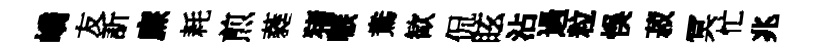
嶠友訢㢘耗煎蕤猪嗾鴦歓侃眩沾過粒悞菽冥忙兆